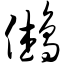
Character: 鸺